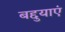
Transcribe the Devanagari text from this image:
बद्दुयाएं